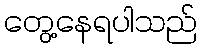
တွေ့နေရပါသည်